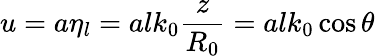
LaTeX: u=a\eta_{l}=alk_{0}\frac{z}{R_{0}}=alk_{0}\cos\theta